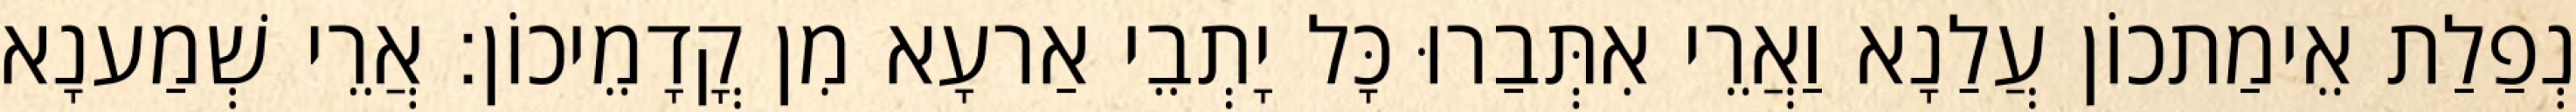
נְפַלַת אֵימַתכוֹן עֲלַנָא וַאֲרֵי אִתְּבַרוּ כָּל יָתְבֵי אַרעָא מִן קֳדָמֵיכוֹן׃ אֲרֵי שְׁמַענָא